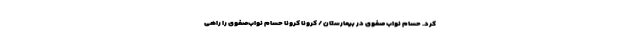
کرد. حسام نواب صفوی در بیمارستان / کرونا کرونا حسام نواب‌صفوی را راهی